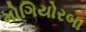
મોગિયોરબા